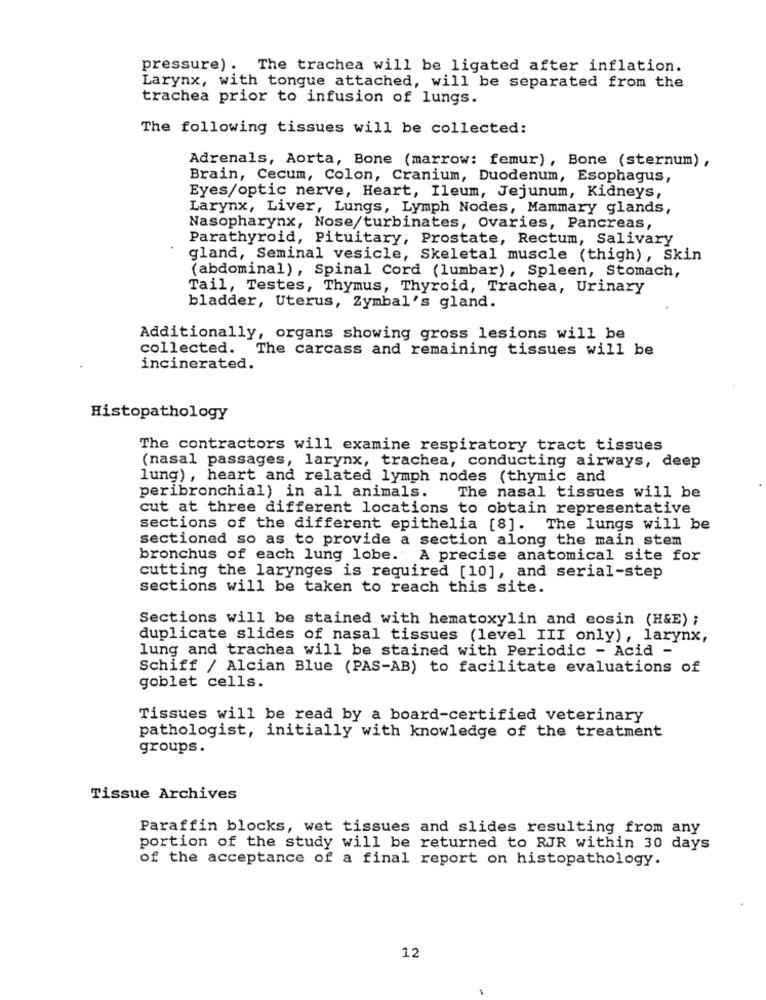
pressure) . The trachea will be ligated after inflation.
Larynx, with tongue attached, will be separated from the
trachea prior to infusion of lungs.
The following tissues will be collected:
Adrenals, Aorta, Bone (marrow: femur), Bone (sternum),
Brain, Cecum, Colon, Cranium, Duodenum, Esophagus,
Eyes/optic nerve, Heart, Ileum, Jejunum, Kidneys,
Larynx, Liver, Lungs, Lymph Nodes, Mammary glands,
Nasopharynx, Nose/turbinates, Ovaries, Pancreas,
Parathyroid, Pituitary, Prostate, Rectum, Salivary
gland, Seminal vesicle, Skeletal muscle (thigh), Skin
(abdominal), Spinal Cord (lumbar), Spleen, Stomach,
Tail, Testes, Thymus, Thyroid, Trachea, Urinary
bladder, Uterus, Zymbal's gland.
Additionally, organs showing gross lesions will be
collected. The carcass and remaining tissues will be
incinerated.
Histopathology
The contractors will examine respiratory tract tissues
(nasal passages, larynx, trachea, conducting airways, deep
lung) , heart and related lymph nodes (thymic and
peribronchial) in all animals.
The nasal tissues will be
cut at three different locations to obtain representative
sections of the different epithelia [8]. The lungs will be
sectioned so as to provide a section along the main stem
bronchus of each lung lobe. A precise anatomical site for
cutting the larynges is required [10], and serial-step
sections will be taken to reach this site.
Sections will be stained with hematoxylin and eosin (H&E) ;
duplicate slides of nasal tissues (level III only), larynx,
lung and trachea will be stained with Periodic - Acid -
Schiff / Alcian Blue (PAS-AB) to facilitate evaluations of
goblet cells.
Tissues will be read by a board-certified veterinary
pathologist, initially with knowledge of the treatment
groups.
Tissue Archives
Paraffin blocks, wet tissues and slides resulting from any
portion of the study will be returned to RJR within 30 days
of the acceptance of a final report on histopathology.
12